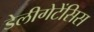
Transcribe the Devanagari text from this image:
डेलीगेटेंसिस